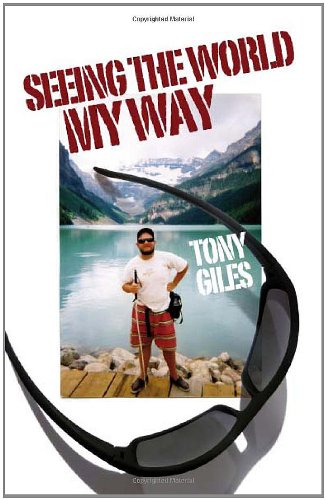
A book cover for Seeing the World My Way; Tony Giles; Travel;